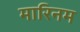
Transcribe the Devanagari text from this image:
मारिनम